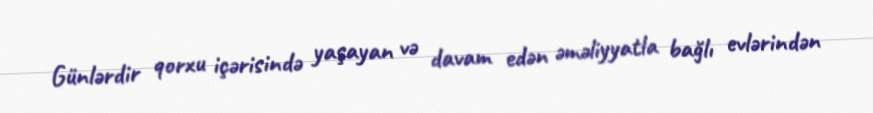
Günlərdir qorxu içərisində yaşayan və davam edən əməliyyatla bağlı evlərindən